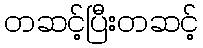
တဆင့်ပြီးတဆင့်